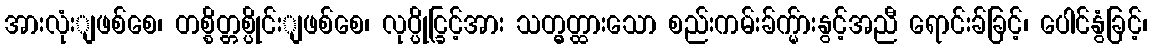
အားလုံးျဖစ်စေ၊ တစ္စိတ္တစ္ပိုင်းျဖစ်စေ၊ လုပ္ပိုင္ခြင့်အား သတ္မွတ္ထားသော စည်းကမ်းခ်က္မ်ားနွင့်အညီ ရောင်းခ်ခြင့်၊ ပေါင်နွံခြင့်၊